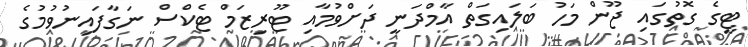
ޓީގެ ގޮތުގައި ޖޫން މަހު ބަލައިގަތް އާމްދަނީ ދަށްވުމާއި ޓޫރިޒަމް ޓެކްސް ނަގާފައިނުވުމުގެ